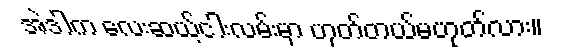
အဲဒါက လေးဆယ့်ငါးလမ်းမှာ ဟုတ်တယ်မဟုတ်လား။